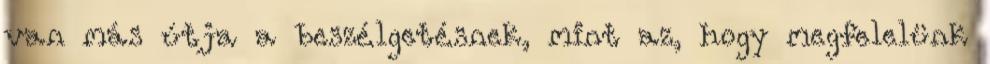
van más útja a beszélgetésnek, mint az, hogy megfelelünk